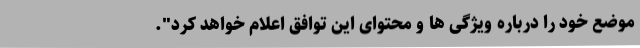
موضع خود را درباره ویژگی ها و محتوای این توافق اعلام خواهد کرد".